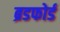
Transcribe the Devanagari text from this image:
ब्रडफोर्ड